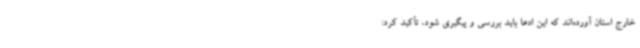
خارج استان آورده‌اند که این ادعا باید بررسی و پیگیری شود، تأکید کرد: